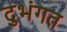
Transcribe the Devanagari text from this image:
दुभंगत